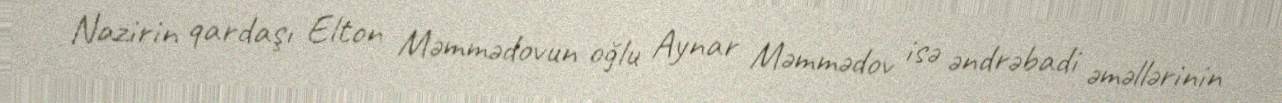
Nazirin qardaşı Elton Məmmədovun oğlu Aynar Məmmədov isə əndrəbadi əməllərinin